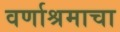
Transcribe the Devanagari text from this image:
वर्णाश्रमाचा